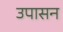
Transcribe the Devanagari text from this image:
उपासन